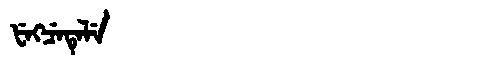
Manchu: ᡶᡝᡴᠴᡝᡨᡝᠯᡝ
Romanization: FEKCETELE